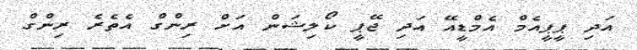
އަދި ޕީޕީއެމް އެމްޑީއޭ އަދި ޖޭޕީ ކޯލިޝަން އަށް ރިންގް އެތެރެ ރިންގް